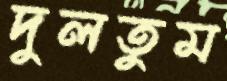
দুলতুম